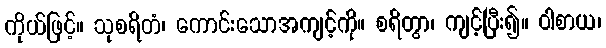
ကိုယ်ဖြင့်။ သုစရိတံ၊ ကောင်းသောအကျင့်ကို။ စရိတွာ၊ ကျင့်ပြီး၍။ ဝါစာယ၊